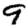
Digit: 9